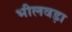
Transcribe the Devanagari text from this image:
भीलवड़ा